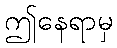
ဤနေရာမှ